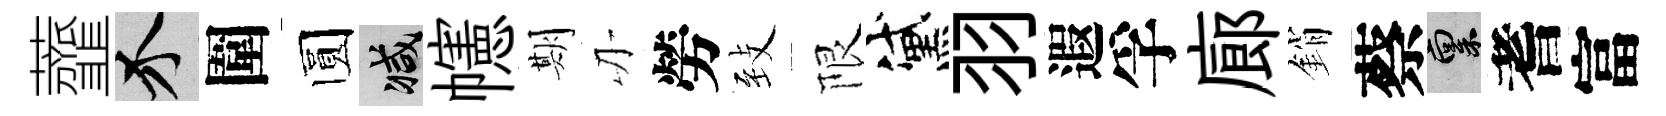
虀介圍圆减幰期刃勞𦤺限黛羽遐孚廊銷蔡禀耆富